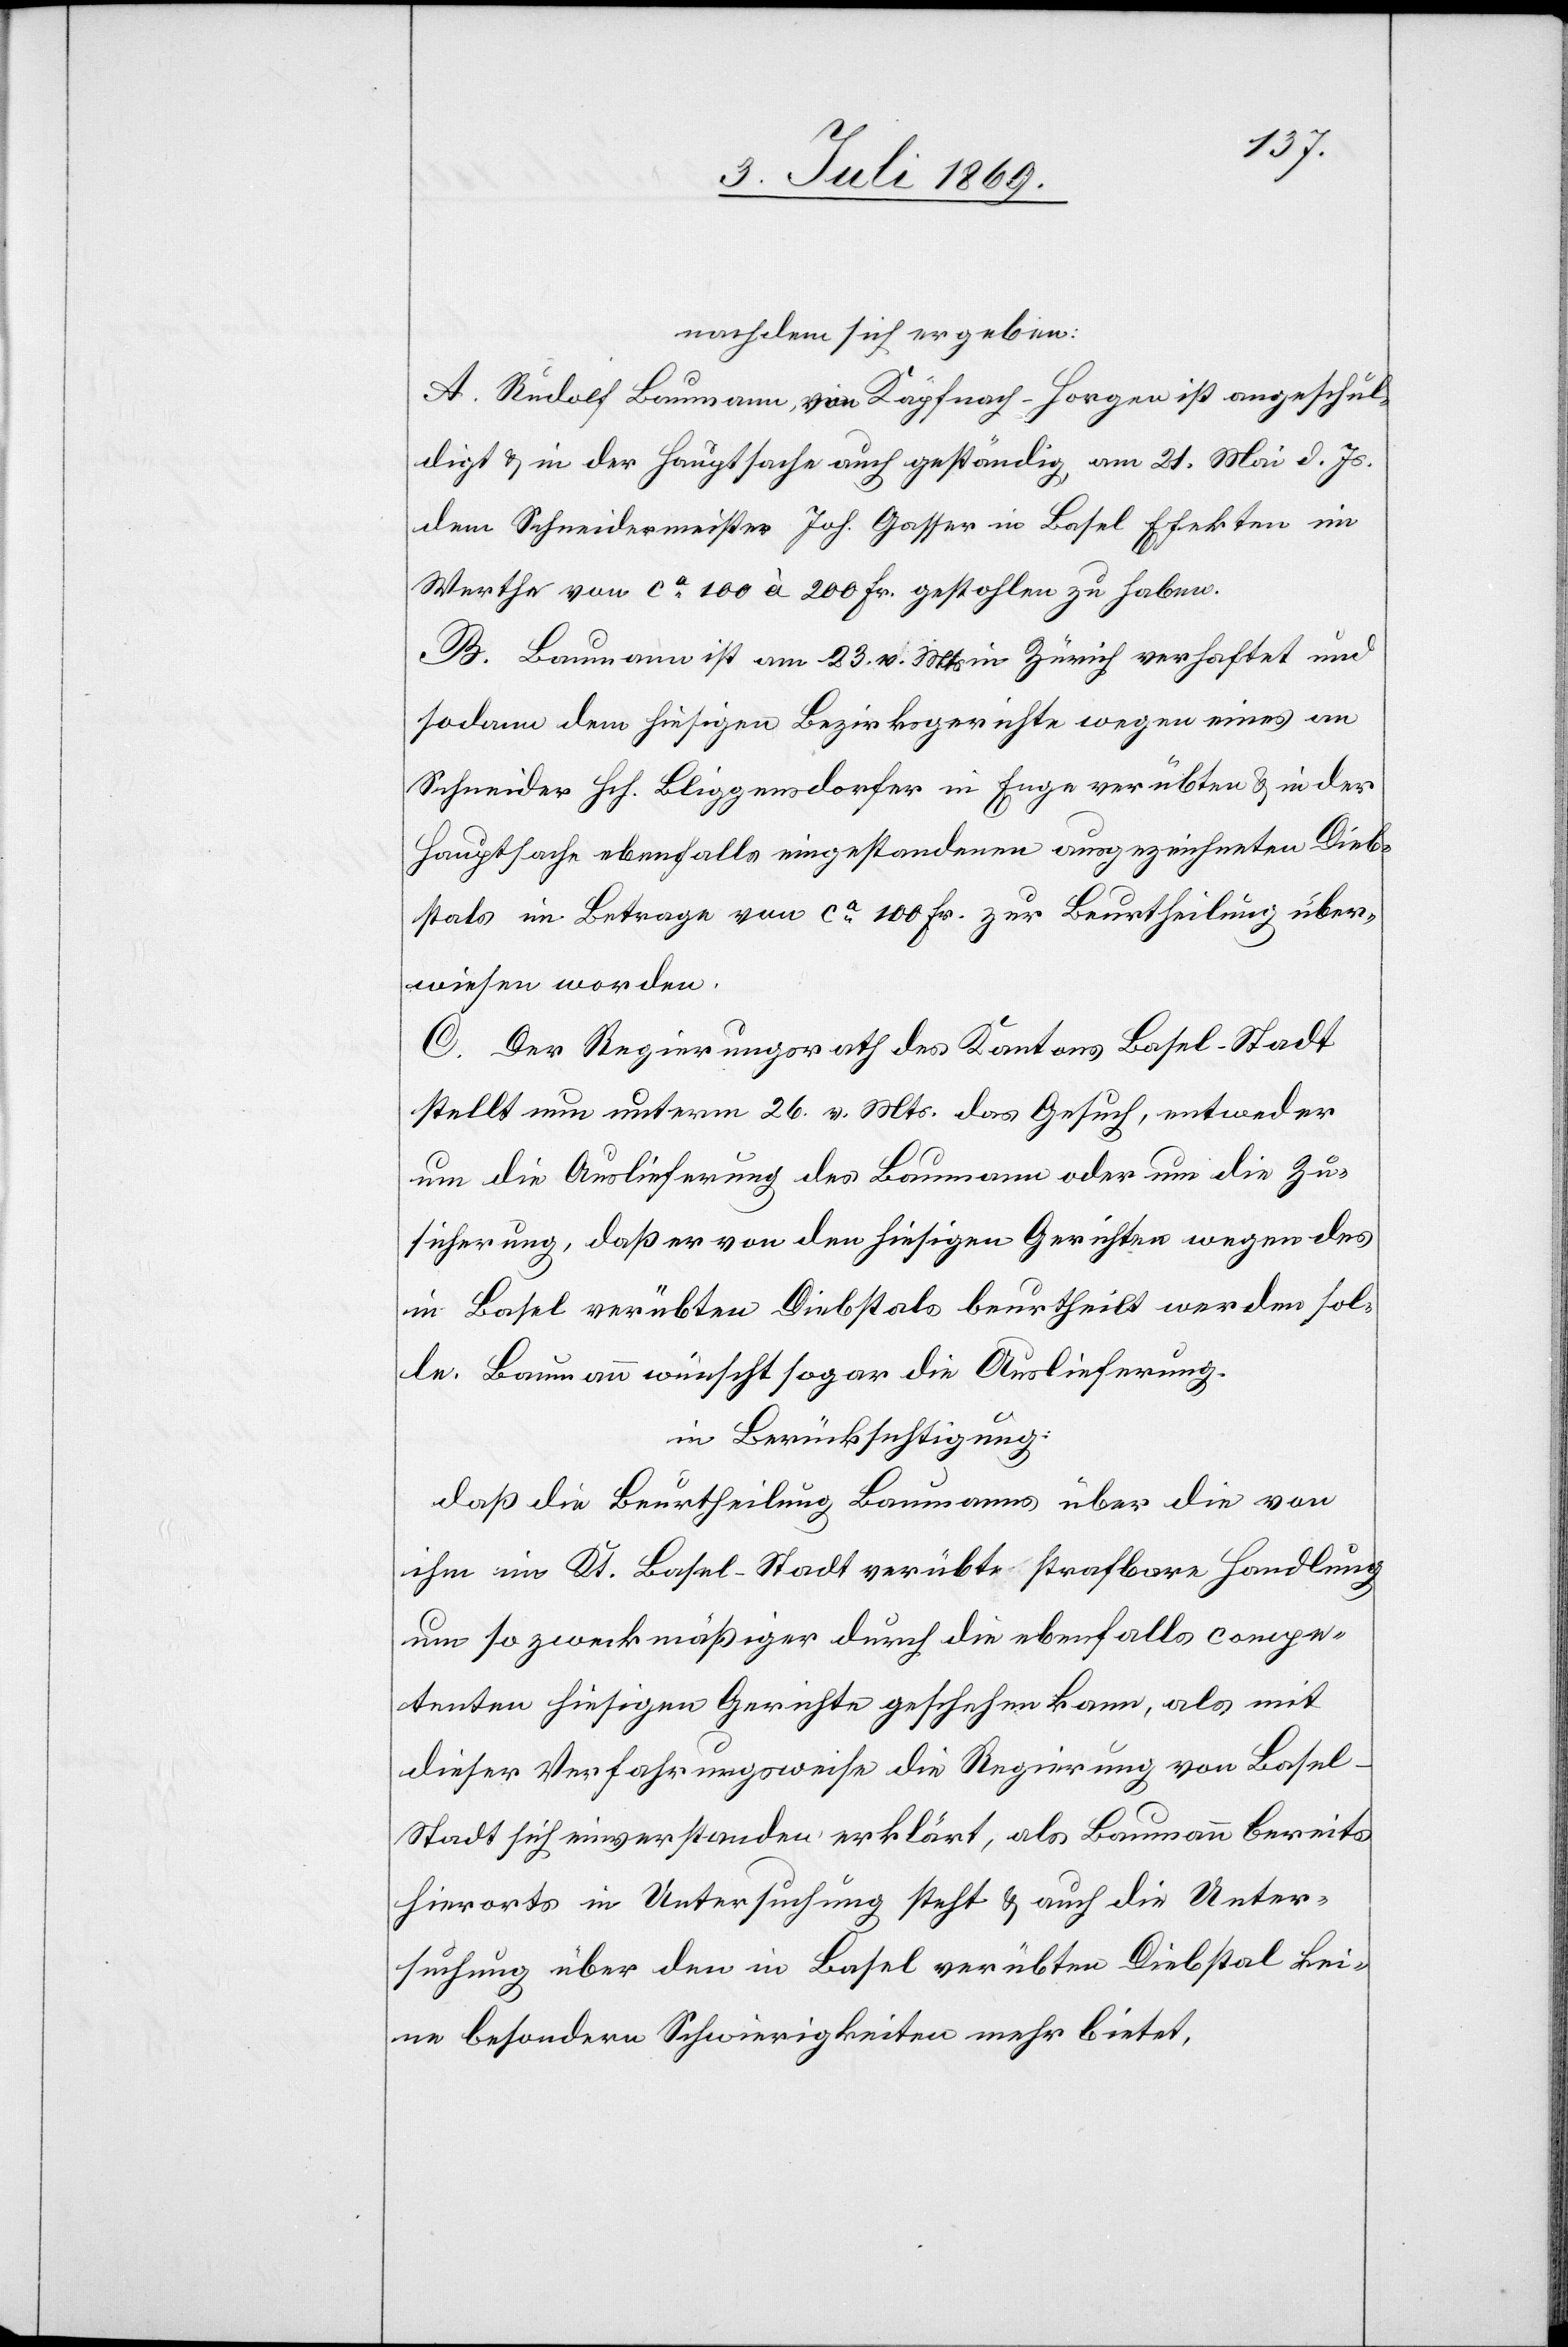
nachdem sich ergeben:
A. Rudolf Baumann, von Käpfnach-Horgen ist angeschul¬
digt u. in der Hauptsache auch geständig, am 21 Mai d. Js.
dem Schneidermeister Joh. Gasser in Basel Efekten im
Werthe von ca 100 à 200 Fr. gestohlen zu haben.
B. Baumann ist vom 23 v. Mts. in Zürich verhaftet und
sodann dem hiesigen Bezirksgerichte wegen seines an
Schneider Hch. Bliggensdorfer in Enge verübten u. in der
Hauptsache ebenfalls eingestandenen ausgezeichneten Dieb¬
stals im Betrage von ca 100 Fr. zur Beurtheilung über¬
wiesen worden.
C. Der Regierungsrath des Kantons Basel-Stadt
stellt nun unterm 26 v. Mts. das Gesuch, entweder
um die Auslieferung des Baumann oder um die Zu¬
sicherung, daß er von den hiesigen Gerichten wegen des
in Basel verübten Diebstals beurtheilt werden sol¬
le. Baumann wünscht sogar die Auslieferung.
in Berücksichtigung:
daß die Beurtheilung Baumanns über die von
ihm im Kt. Basel-Stadt verübte strafbare Handlung
um so zweckmäßiger durch die ebenfalls compe¬
tenten hiesigen Gerichte geschehen kann, als mit
dieser Verfahrensweise die Regierung von Base¬
l-Stadt sich einverstanden erklärt, als Baumann bereits
hierorts in Untersuchung steht u. auch die Unter¬
suchung über den in Basel verübten Diebstal kei¬
ne besondern Schwierigkeiten mehr bietet,